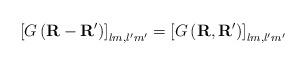
LaTeX: \begin{align*}\left[ G\left( \mathbf{R}-\mathbf{R}^{\prime}\right) \right]_{lm,l^{\prime}m^{\prime}}=\left[ G\left( \mathbf{R},\mathbf{R}^{\prime}\right) \right] _{lm,l^{\prime}m^{\prime}} \end{align*}